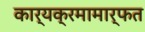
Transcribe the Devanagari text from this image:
कार्यक्रमामार्फत